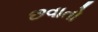
છવાતો